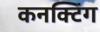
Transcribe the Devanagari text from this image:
कनक्टिंग